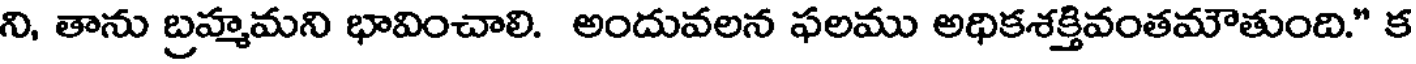
ని, తాను బ్రహ్మమని భావించాలి. అందువలన ఫలము అధికశక్తివంతమౌతుంది." క